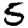
Digit: 5